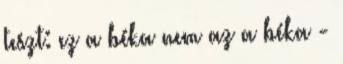
teszt: ez a béka nem az a béka -